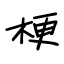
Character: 梗